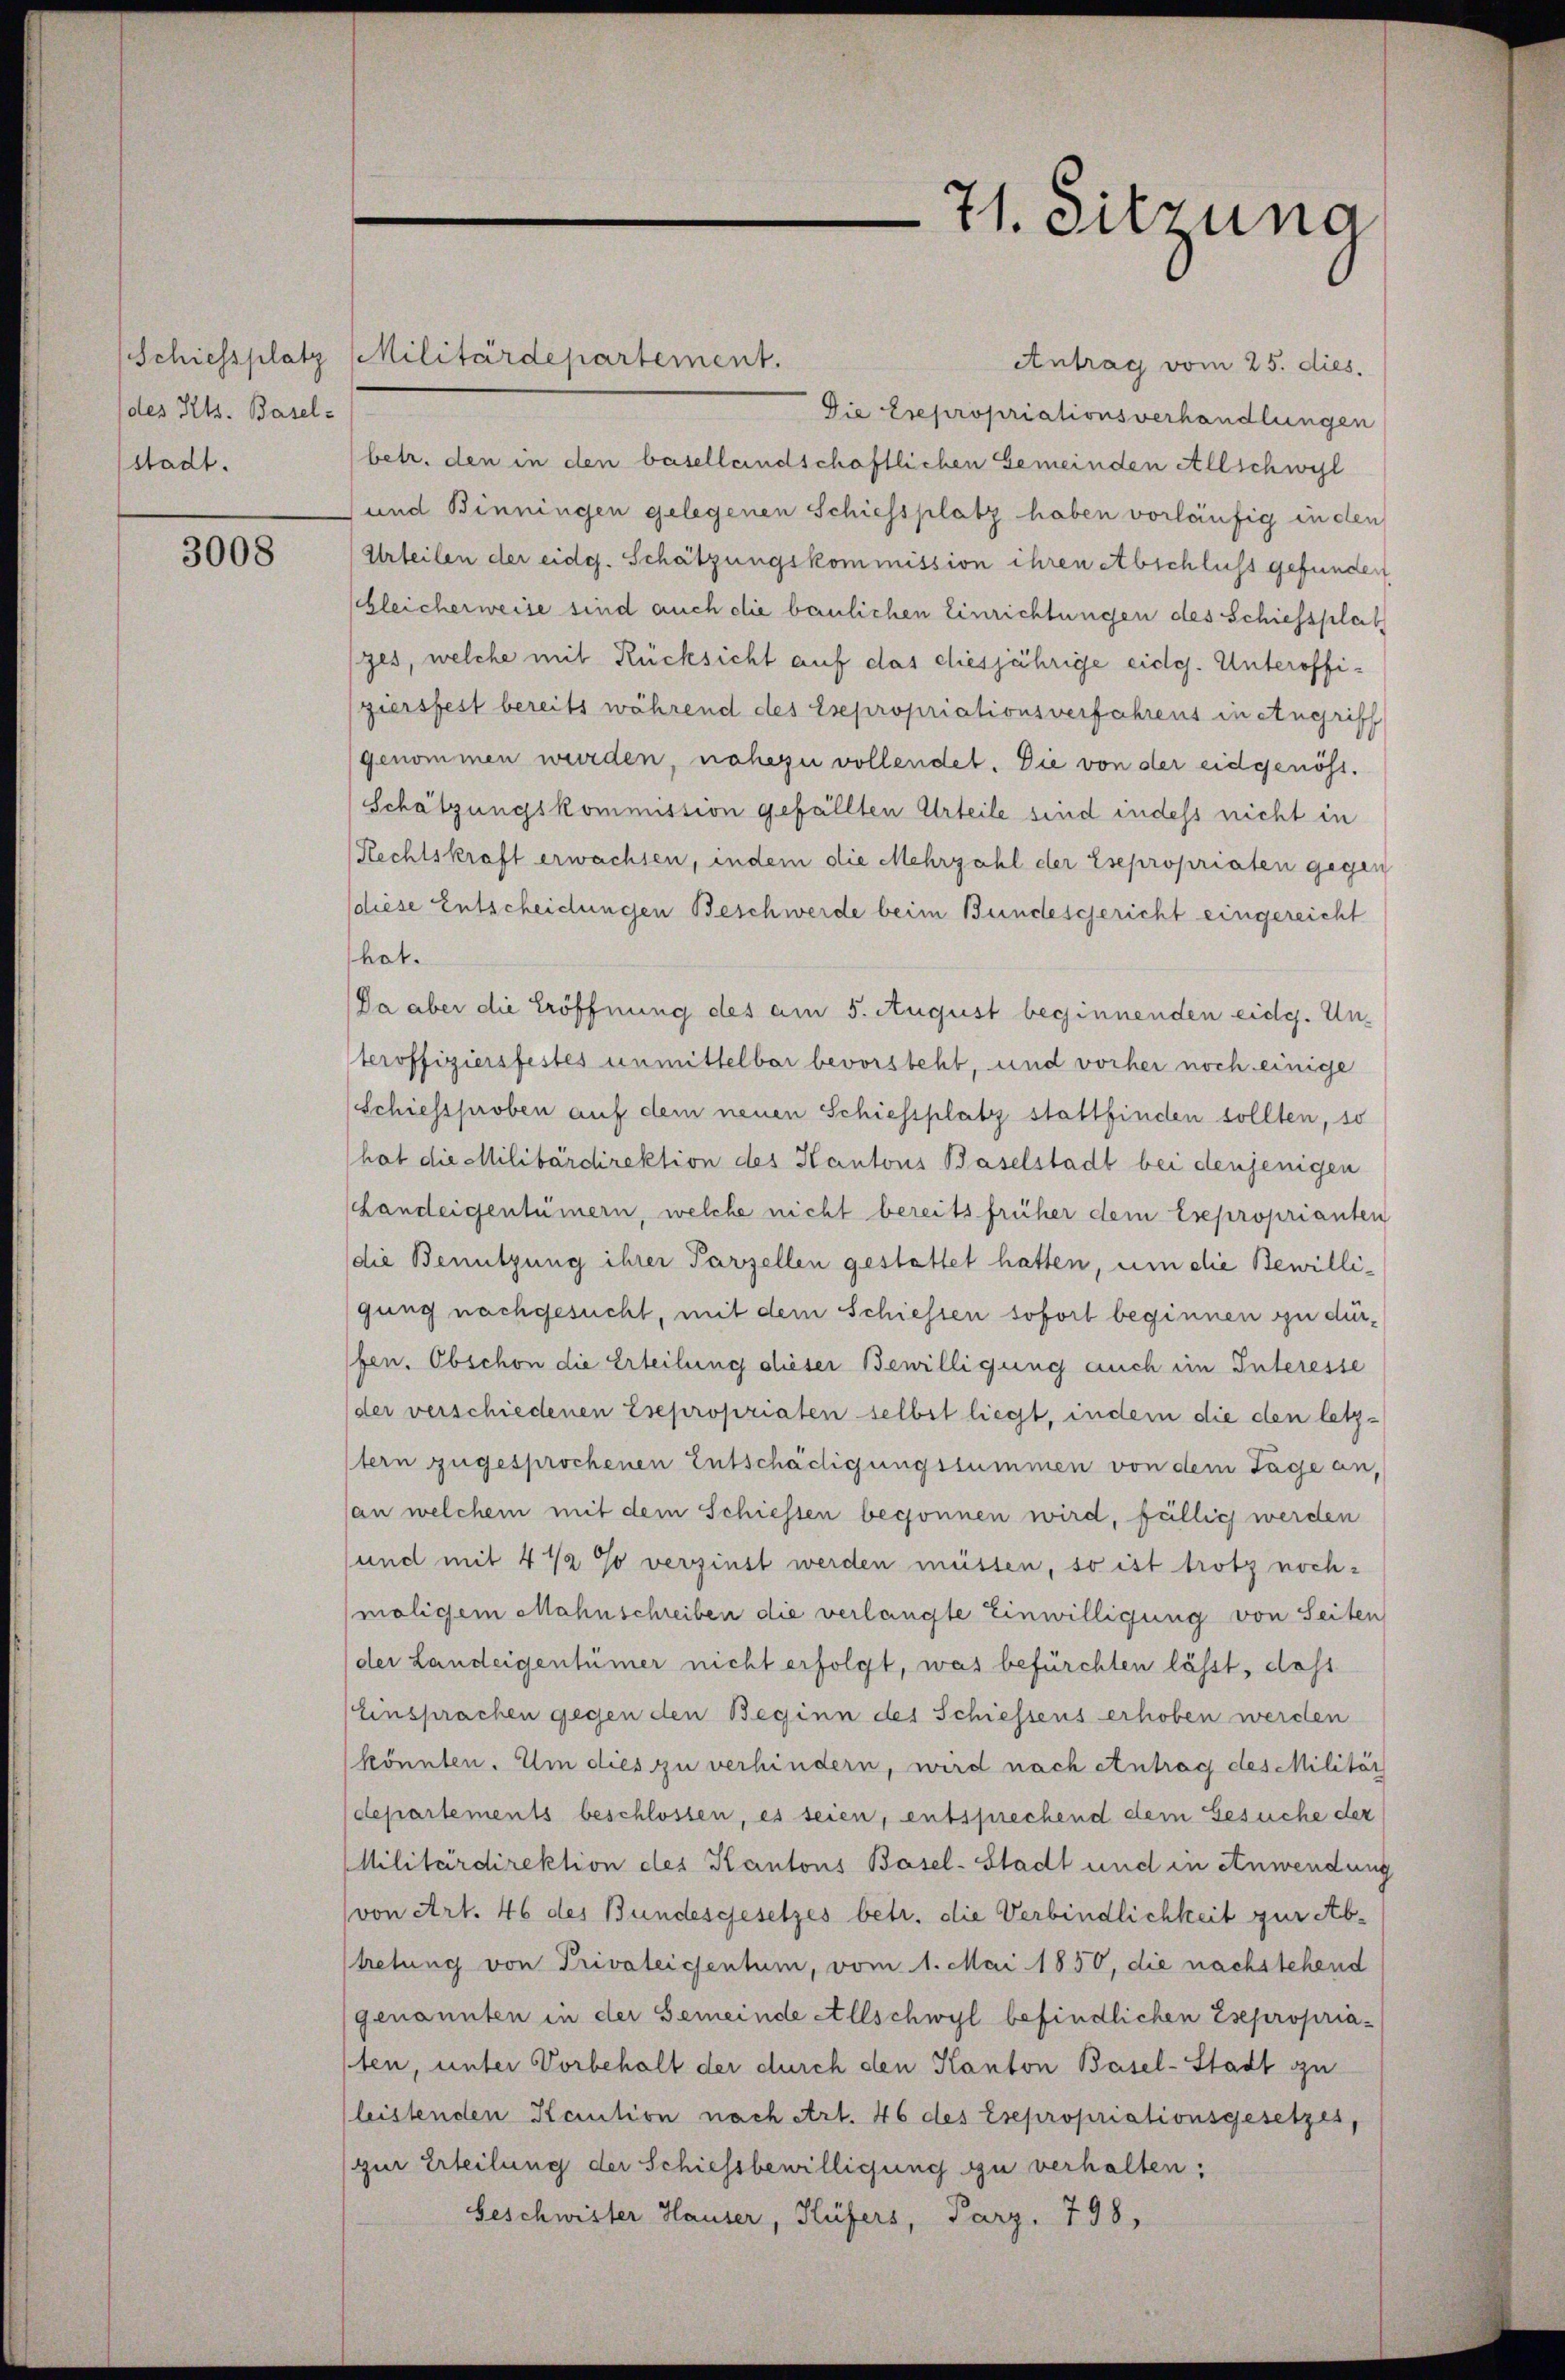
des Kts. Basel-
stadt.

3008

71. Sitzung

Schiessplatz (Militärdepartement.
Antrag vom 25. dies
Die Esepropriationsverhandlungen
betr. den in den basellandschaftlichen Gemeinden Allschwyl
und Binningen gelegenen Schiessplatz haben vorläufig in den
Urteilen der eidg. Schätzungskommission ihren Abschluss gefunden
sgleicherweise sind auch die baulichen Einrichtungen des Schiessplat
ges, welche mit Rücksicht auf das diesjährige eidg. Unteroffiziersfest bereits während des Esepropriationsverfahrens in Angriff
genommen wurden, nahezu vollendet. Die von der eidgenöss.
Schätzungskommission gefällten Urteile sind indess nicht in
Rechtskraft erwachsen, indem die Mehrzahl der Esepropriaten gegen
diese Entscheidungen Beschwerde beim Bundesgericht eingereicht
hat.
Da aber die Eröffnung des am 5. August beginnenden eidg. Unteroffiziersfestes unmittelbar bevorsteht, und vorher noch einige
Schiessproben auf dem neuen Schiessplatz stattfinden sollten, so
hat die Militärdirektion des Kantons Baselstadt bei denjenigen
chandeigentümern, welche nicht bereits früher dem Exproprianten
die Benützung ihrer Parzellen gestattet hatten, um die Bewilligung nachgesucht, mit dem Schiessen sofort beginnen zu dürfen. Obschon die Erteilung dieser Bewilligung auch im Interesse
der verschiedenen Esepropriaten selbst liegt, indem die den letzstern zugesprochenen Entschädigungssummen von dem Tage an,
(an welchem mit dem Schiessen begonnen wird, fällig werden
und mit 4 1/2 % verzinst werden müssen, so ist trotz nochmaligem Mahnschreiben die verlangte Einwilligung von Seiten
der Landeigentümer nicht erfolgt, was befürchten lässt, dass
Einsprachen gegen den Beginn des Schiessens erhoben werden
könnten. Um dies zu verhindern, wird nach entrag des Militär
departements beschlossen, es seien, entsprechend dem Gesuche der
Militärdirektion des Kantons Basel-Stadt und in Anwendung
von Art. 46 des Bundesgesetzes betr. die Verbindlichkeit zur Abtretung von Privateichentum, vom 1. Mai 1850, die nachstehend
genannten in der Gemeinde Allschwyl befindlichen Esepropria-
ten, unter Vorbehalt der durch den Kanton Basel-Stadt zu
(leistenden Kaution nach Art. 46 des Esepropriationsgesetzes,
zur Erteilung der Schiessbewilligung zu verhalten:
Beschwister Hauser, Hüfers, Parz. 798,